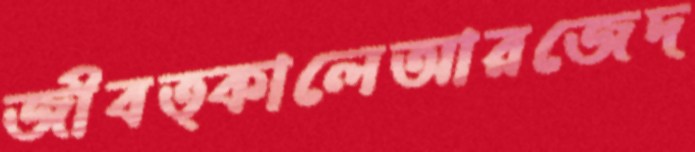
জীবত্কালেআরজেদ